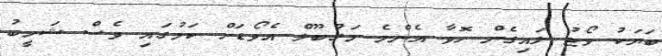
ބަޔަކު ވޯޓު ލައިގެން ހޮވާ އެންމެ މަގުބޫލް އެވޯޑަށް ކަމުގައި ވެސް ޝަހީބު